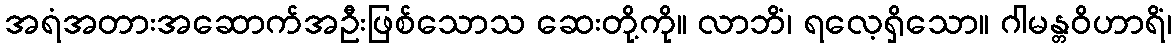
အရံအတားအဆောက်အဦးဖြစ်သောသ ဆေးတို့ကို။ လာဘိံ၊ ရလေ့ရှိသော။ ဂါမန္တဝိဟာရိံ၊